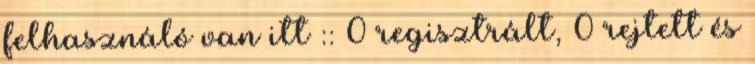
felhasználó van itt :: 0 regisztrált, 0 rejtett és